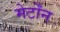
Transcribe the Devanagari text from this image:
मेर्टोंन